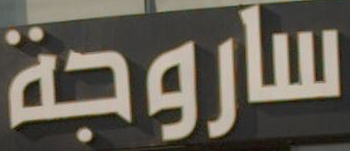
ساروجة